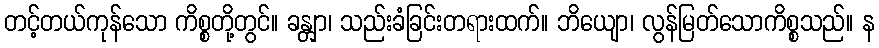
တင့်တယ်ကုန်သော ကိစ္စတို့တွင်။ ခန္တျာ၊ သည်းခံခြင်းတရားထက်။ ဘိယျော၊ လွန်မြတ်သောကိစ္စသည်။ န